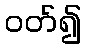
ဝတ်၍